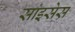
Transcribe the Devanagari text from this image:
सांइसेस